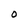
Character: 0